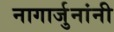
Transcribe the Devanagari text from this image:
नागार्जुनांनी